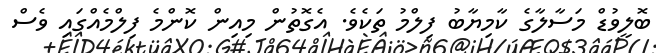
ބޮލީވުޑް މަސާލާގެ ކާމިޔާބު ފިލްމު ތަކެވެ. އެގޮތުން މިއިން ކޮންމެ ފިލްމެއްގައި ވެސް